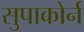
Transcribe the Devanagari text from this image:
सुपाकोर्न